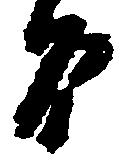
間